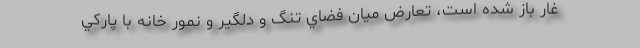
غار باز شده است، تعارض ميان فضاي تنگ و دلگير و نمور خانه با پاركي